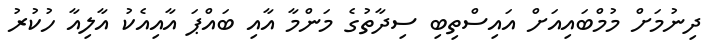
ދިނުމަށް މުމްބައިއަށް އައިސްތިބި ސިދާތުގެ މަންމާ އާއި ބައްޕަ އާއިއެކު އާލިއާ ހުކުރު